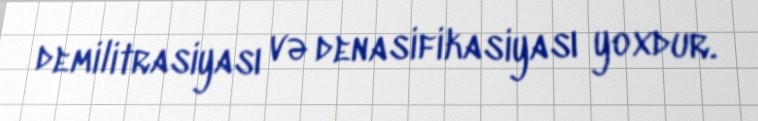
demilitrasiyası və denasifikasiyası yoxdur.